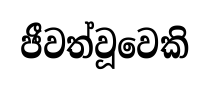
ජීවත්වූවෙකි